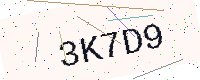
Text: 3K7D9